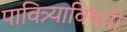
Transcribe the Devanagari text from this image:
पावित्र्याविषयी